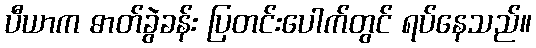
ပီယာက ဓာတ်ခွဲခန်း ပြတင်းပေါက်တွင် ရပ်နေသည်။